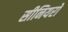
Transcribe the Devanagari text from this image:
सीनियरों